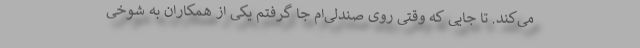
می‌کند. تا جایی که وقتی روی صندلی‌ام جا گرفتم یکی از همکاران به شوخی